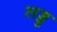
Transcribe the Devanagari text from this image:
लड्डु